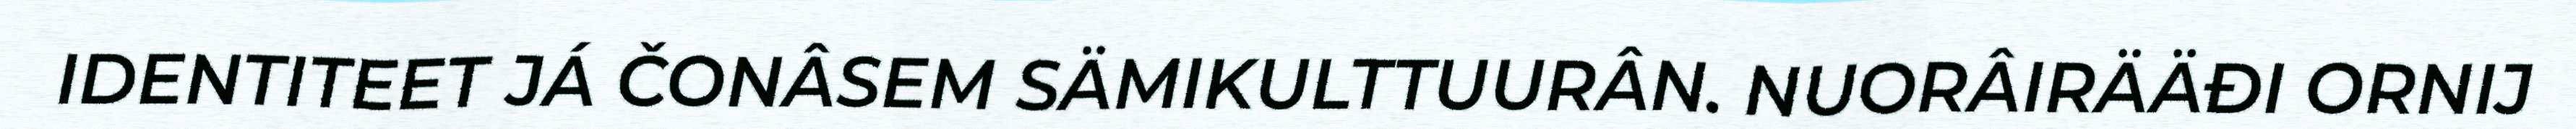
IDENTITEET JÁ ČONÂSEM SÄMIKULTTUURÂN. NUORÂIRÄÄĐI ORNIJ